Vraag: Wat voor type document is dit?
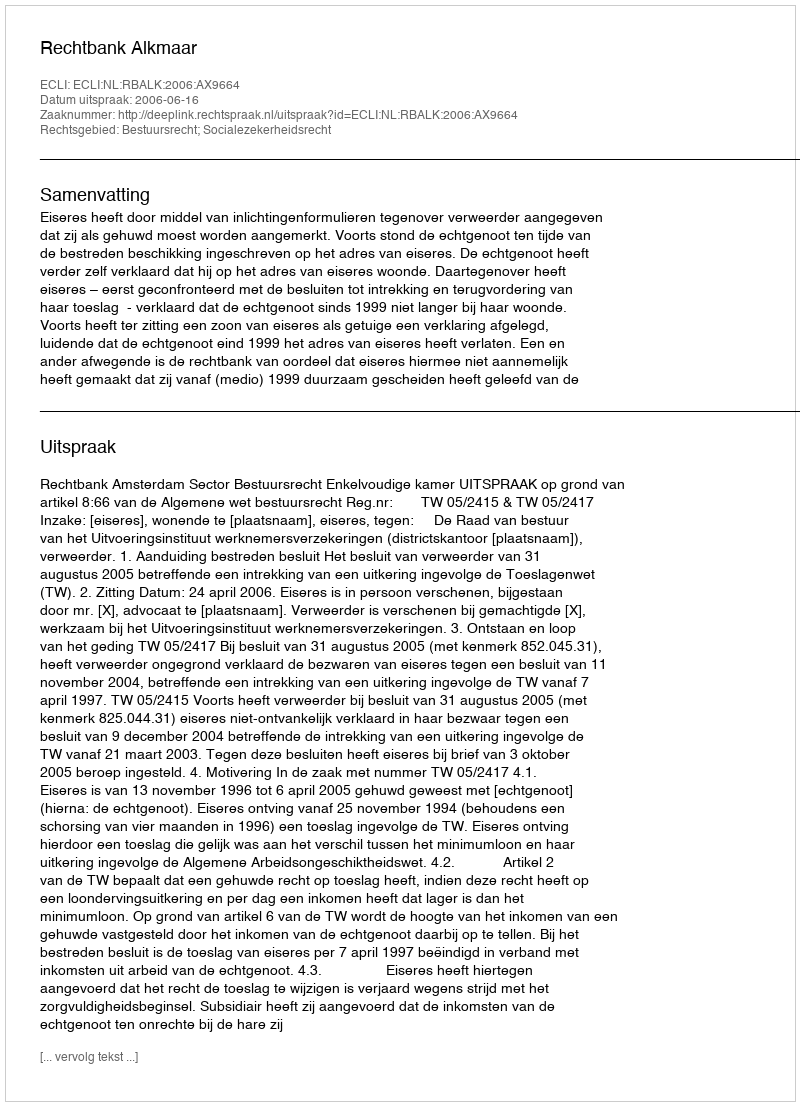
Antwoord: Uitspraak